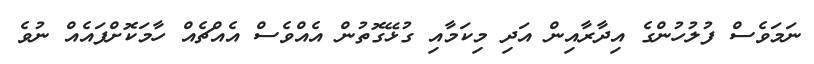
ނަމަވެސް ފުލުހުންގެ އިދާރާއިން އަދި މިކަމާއި ގުޅޭގޮތުން އެއްވެސް އެއްޗެއް ހާމަކޮށްފައެއް ނުވެ